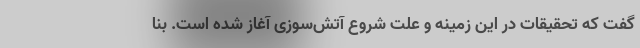
گفت که تحقیقات در این زمینه و علت شروع آتش‌سوزی آغاز شده است. بنا